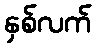
နှစ်လက်